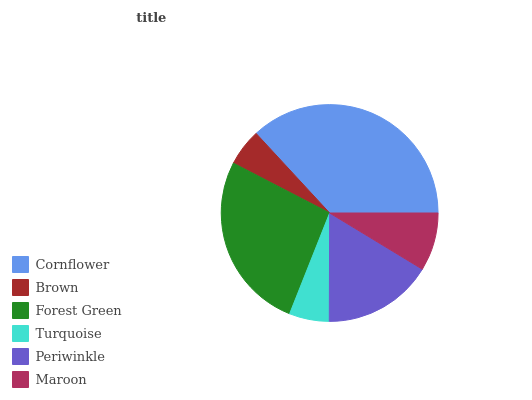
| Cornflower | Brown | Forest Green | Turquoise | Periwinkle | Maroon |
 | --- | --- | --- | --- | --- | --- |
 | 36.9% | 5.52% | 26.6% | 5.96% | 16.4% | 8.67% |